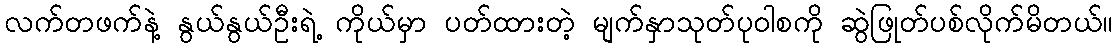
လက်တဖက်နဲ့ နွယ်နွယ်ဦးရဲ့ ကိုယ်မှာ ပတ်ထားတဲ့ မျက်နှာသုတ်ပုဝါစကို ဆွဲဖြုတ်ပစ်လိုက်မိတယ်။